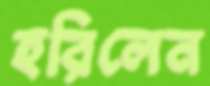
হরিলেন